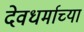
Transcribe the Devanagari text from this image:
देवधर्माच्या